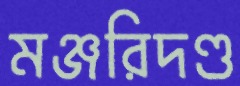
মঞ্জরিদণ্ড